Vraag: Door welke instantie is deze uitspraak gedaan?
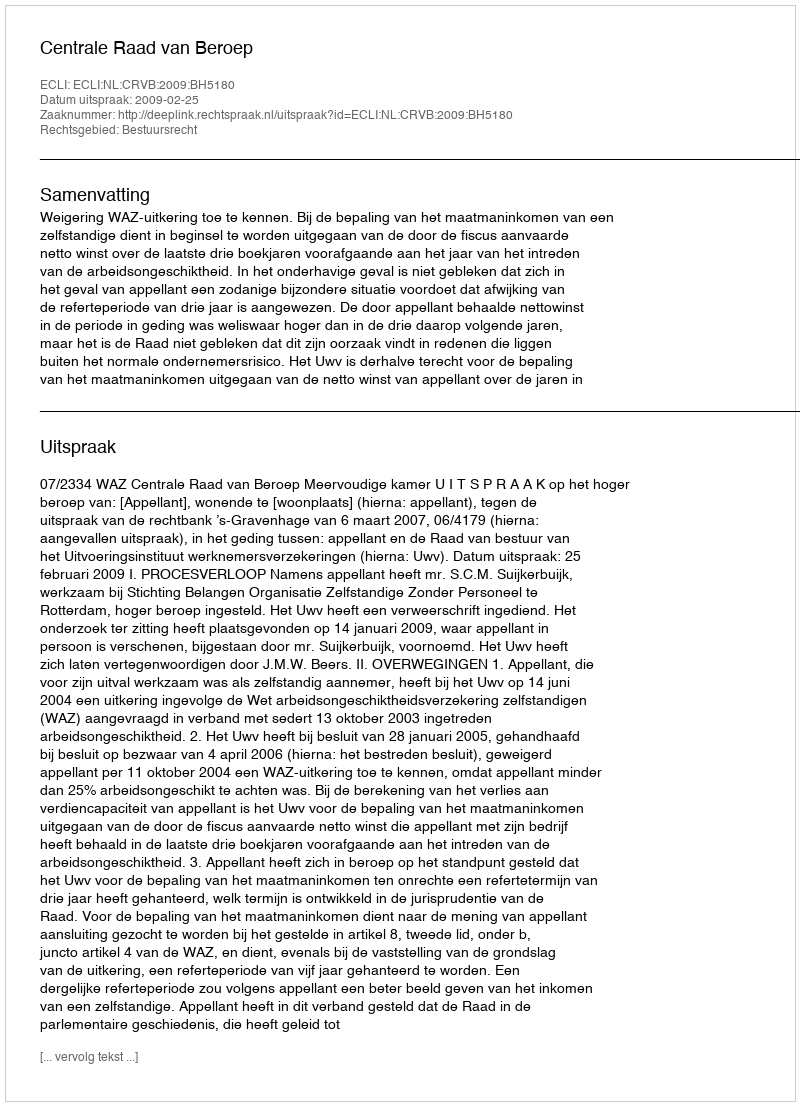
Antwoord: Centrale Raad van Beroep